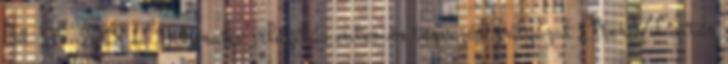
04 25 2018 H Dekoratív világítás enteriőr tervezési pályázat Elter Világítás